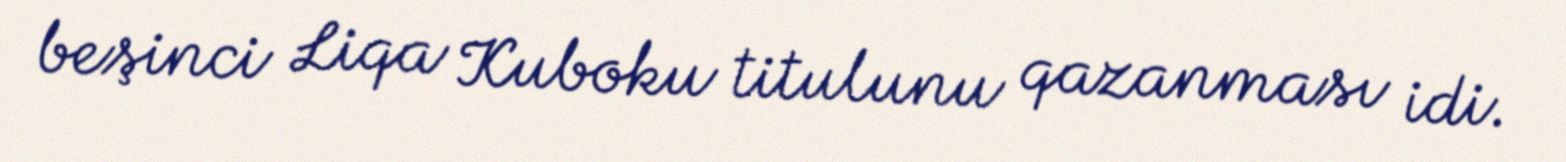
beşinci Liqa Kuboku titulunu qazanması idi.